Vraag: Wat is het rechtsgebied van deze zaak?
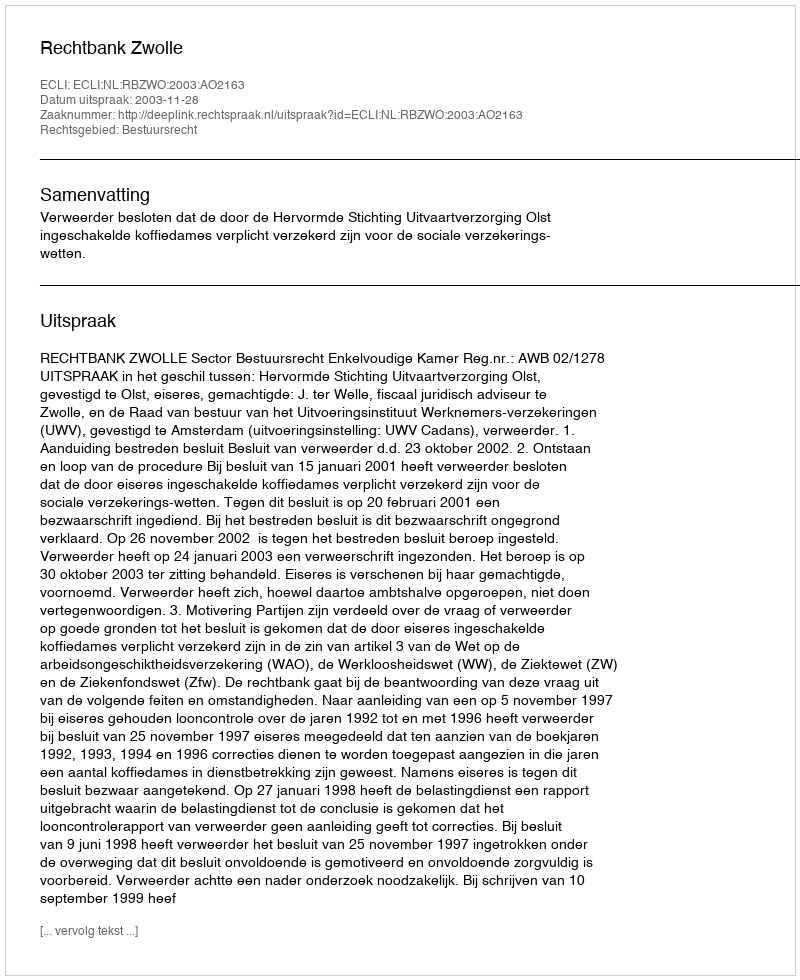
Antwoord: Bestuursrecht